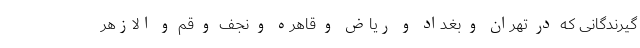
گیرندگانی که در تهران و بغداد و ریاض و قاهره و نجف و قم و الازهر